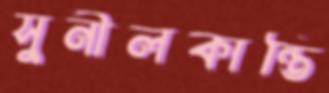
সুনীলকান্তি